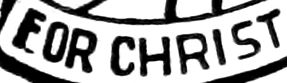
EOR CHRIST